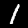
Label: 1